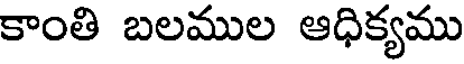
కాంతి బలముల ఆధిక్యము